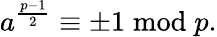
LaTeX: a^{\frac{p-1}{2}}\equiv\pm 1{\bmod{p}}.